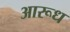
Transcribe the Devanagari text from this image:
आरूध